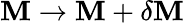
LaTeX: \mathbf{M}\to\mathbf{M}+\delta\mathbf{M}